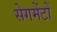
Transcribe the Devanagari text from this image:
सेगमेंटों